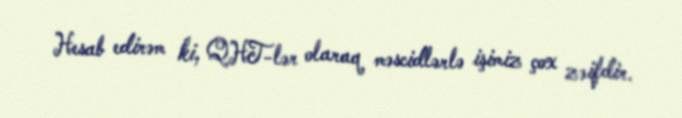
Hesab edirəm ki, QHT-lər olaraq məscidlərlə işimiz çox zəifdir.